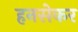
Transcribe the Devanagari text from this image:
हनसेकर